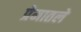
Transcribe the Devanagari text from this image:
प्रेमातले